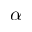
\alpha